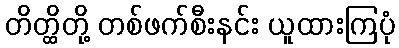
တိတ္ထိတို့ တစ်ဖက်စီးနင်း ယူထားကြပုံ